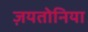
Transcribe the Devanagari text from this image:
ज़यतोनिया